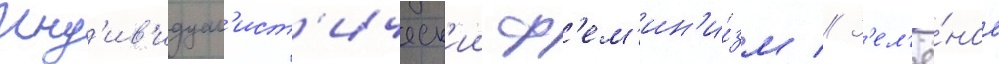
Инд'ив'идуал'ист'ическ'ии ф'ем'ин'и́зм // З'ел'ё́ное